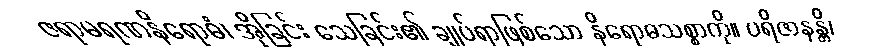
ဇရာမရဏနိရောဓံ၊ အိုခြင်း သေခြင်း၏ ချုပ်ရာဖြစ်သော နိရောဓသစ္စာကို။ ပရိဇာနန္တိ၊